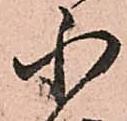
小